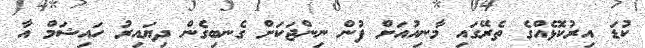
ކުޑަ އިރުކޮޅެއްގެ ތެރޭގައި މާނިއުއަށް ފުން ނިންޖަކަށް ގެނބިގެން ދިޔައިރު ހައިޝަމް އާ